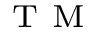
^ \mathrm { ~ T ~ M ~ }